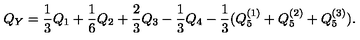
Q _ { Y } = \frac { 1 } { 3 } Q _ { 1 } + \frac { 1 } { 6 } Q _ { 2 } + \frac { 2 } { 3 } Q _ { 3 } - \frac { 1 } { 3 } Q _ { 4 } - \frac { 1 } { 3 } ( Q _ { 5 } ^ { ( 1 ) } + Q _ { 5 } ^ { ( 2 ) } + Q _ { 5 } ^ { ( 3 ) } ) .